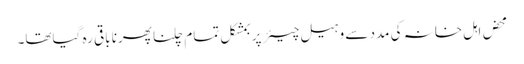
محض اہل خانہ کی مدد سے وہیل چیئر پر بمشکل تمام چلنا پھرنا باقی رہ گیاتھا۔